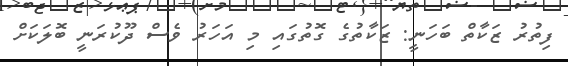
ފިތުރު ޒަކާތް ބަހަނީ: ޒަކާތުގެ ގޮތުގައި މި އަަހަރު ވެސް ދޫކުރަނީ ބޮލަކަށް